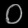
Digit: ၀